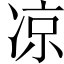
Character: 凉